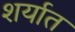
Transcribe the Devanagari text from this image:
शर्यात